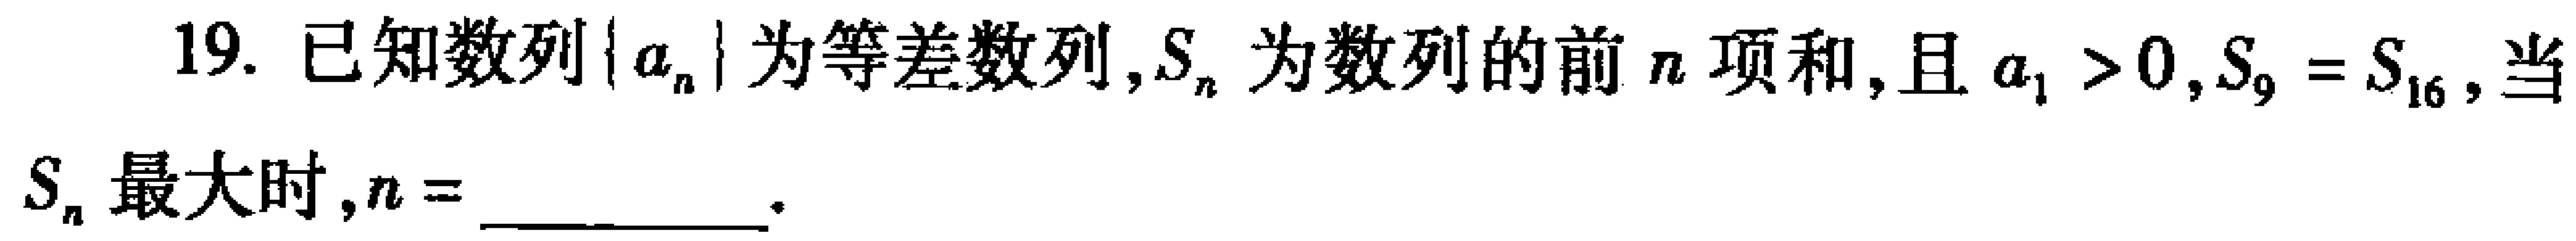
19. 已知数列\(\{ a_{n}\}\)为等差数列，\(S_{n}\)为数列的前\(n\)项和，且\(a_{1}>0\)，\(S_{9}=S_{16}\)，当\(S_{n}\)最大时，\(n = \) __________ 。